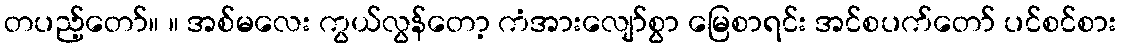
တပည့်တော်။ ။ အစ်မလေး ကွယ်လွန်တော့ ကံအားလျော်စွာ မြေစာရင်း အင်စပက်တော် ပင်စင်စား